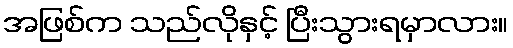
အဖြစ်က သည်လိုနှင့် ပြီးသွားရမှာလား။